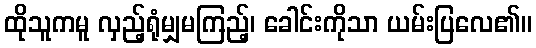
ထိုသူကမူ လှည့်ရုံမျှမကြည့်၊ ခေါင်းကိုသာ ယမ်းပြလေ၏။